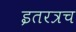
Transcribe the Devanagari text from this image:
इतरत्रच